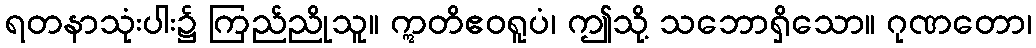
ရတနာသုံးပါး၌ ကြည်ညိုသူ။ ဣတိဧဝရူပံ၊ ဤသို့ သဘောရှိသော။ ဂုဏတော၊